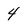
Character: 4